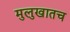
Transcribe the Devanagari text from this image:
मुलुखातच